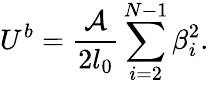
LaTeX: U^{b}=\frac{\mathcal{A}}{2l_{0}}\sum_{i=2}^{N-1}\beta_{i}^{2}.